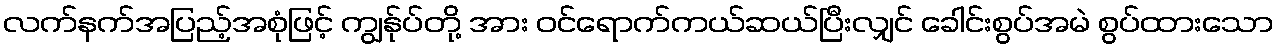
လက်နက်အပြည့်အစုံဖြင့် ကျွန်ုပ်တို့ အား ဝင်ရောက်ကယ်ဆယ်ပြီးလျှင် ခေါင်းစွပ်အမဲ စွပ်ထားသော